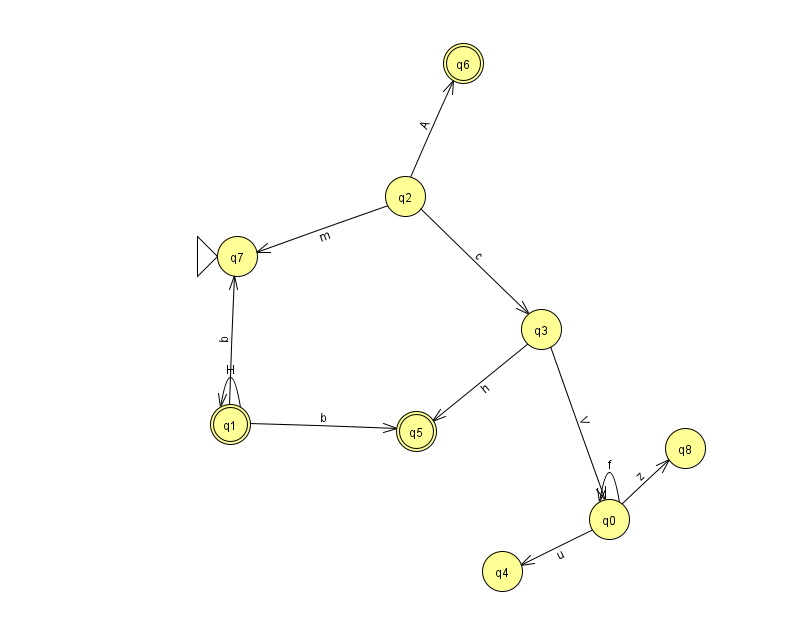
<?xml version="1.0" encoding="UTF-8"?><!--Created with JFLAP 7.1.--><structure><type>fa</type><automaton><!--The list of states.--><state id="0" name="q0"><x>609.0</x><y>506.0</y></state><state id="1" name="q1"><x>230.0</x><y>411.0</y><final/></state><state id="2" name="q2"><x>405.0</x><y>183.0</y></state><state id="3" name="q3"><x>541.0</x><y>316.0</y></state><state id="4" name="q4"><x>502.0</x><y>558.0</y></state><state id="5" name="q5"><x>416.0</x><y>418.0</y><final/></state><state id="6" name="q6"><x>463.0</x><y>50.0</y><final/></state><state id="7" name="q7"><x>237.0</x><y>243.0</y><initial/></state><state id="8" name="q8"><x>685.0</x><y>435.0</y></state><!--The list of transitions.--><transition><from>1</from><to>5</to><read>b</read></transition><transition><from>1</from><to>7</to><read>b</read></transition><transition><from>0</from><to>8</to><read>z</read></transition><transition><from>0</from><to>0</to><read>f</read></transition><transition><from>2</from><to>3</to><read>c</read></transition><transition><from>0</from><to>4</to><read>u</read></transition><transition><from>1</from><to>1</to><read>H</read></transition><transition><from>2</from><to>6</to><read>A</read></transition><transition><from>2</from><to>7</to><read>m</read></transition><transition><from>3</from><to>0</to><read>V</read></transition><transition><from>3</from><to>5</to><read>h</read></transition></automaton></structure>